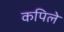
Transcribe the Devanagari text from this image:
कपिले